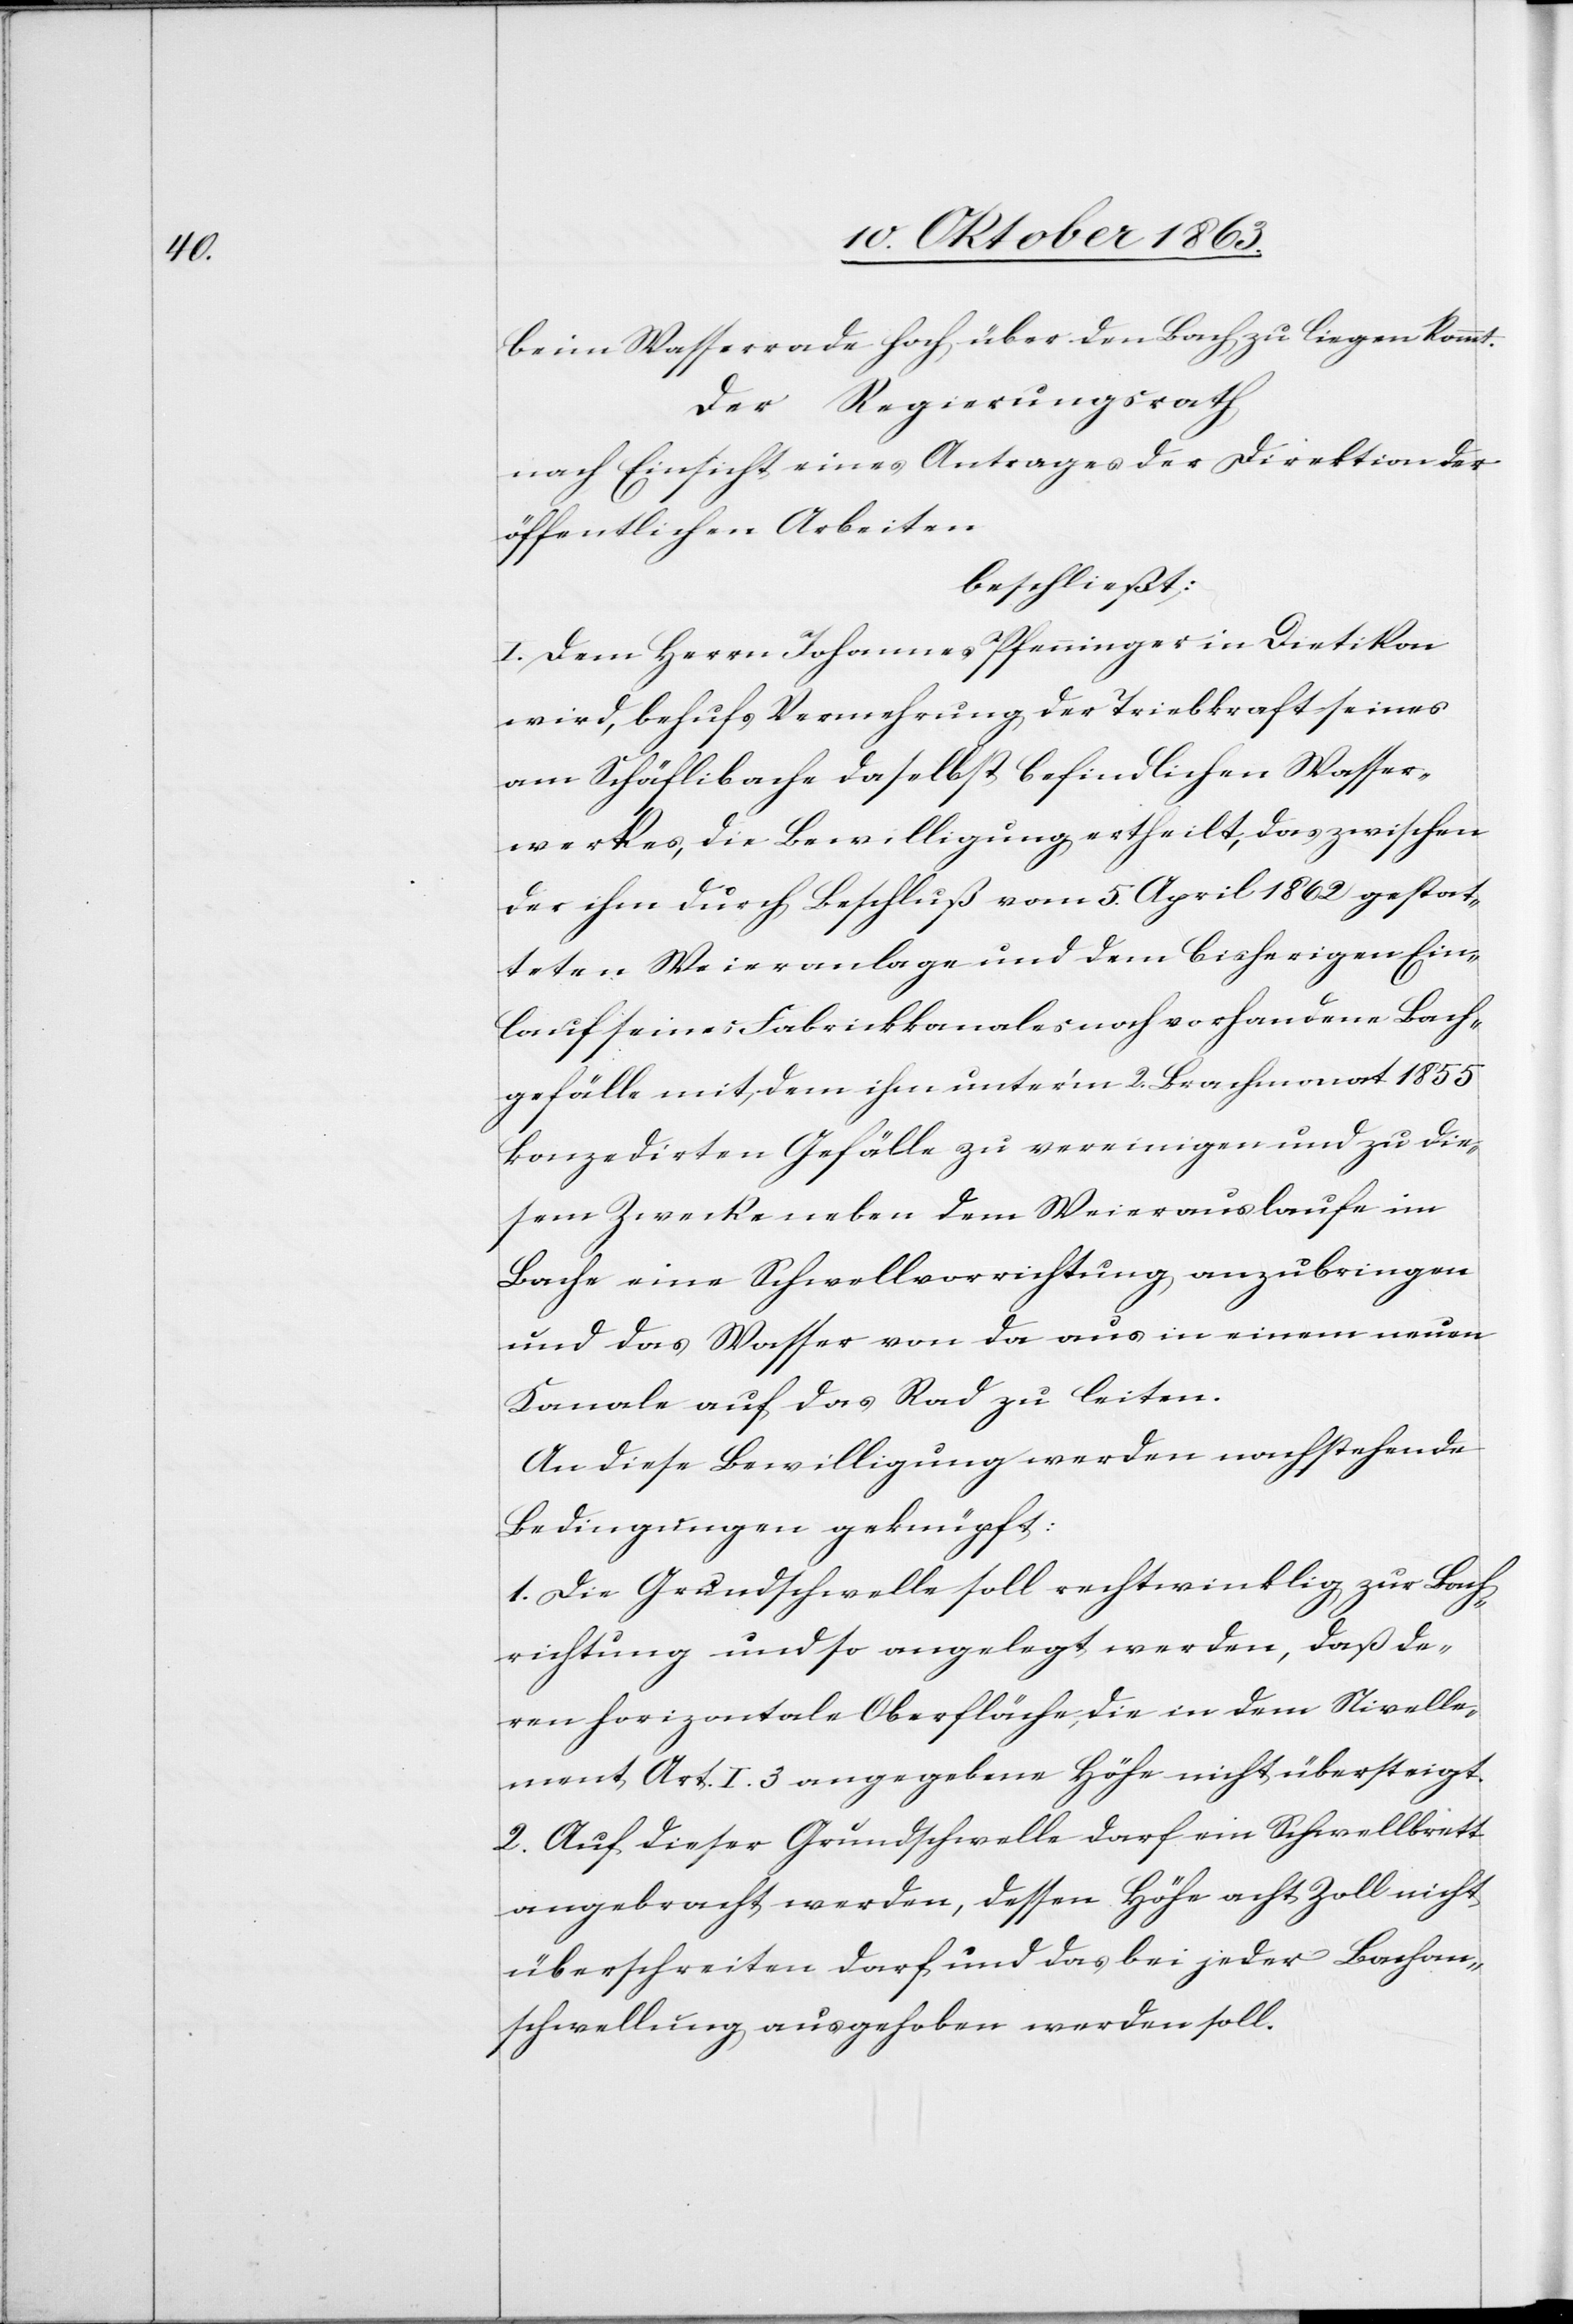
beim Wasserrade hoch über den Bach zu liegen kommt.
Der Regierungsrath
nach Einsicht eines Antrages der Direktion der
öffentlichen Arbeiten
beschließt:
I. Dem Herrn Johannes Pfenninger in Dietikon
wird, behufs Vermehrung der Triebkraft seines
am Schäflibache daselbst befindlichen Wasser¬
werkes, die Bewilligung ertheilt, das zwischen
der ihm durch Beschluß vom 5. April 1862 gestat¬
teten Weieranlage und dem bisherigen Ein¬
lauf seines Fabrikkanales noch vorhandene Bach¬
gefälle mit dem ihm unter'm 2. Brachmonat 1855
konzedirten Gefälle zu vereinigen und zu die¬
sem Zwecke neben dem Weierauslaufe im
Bache eine Schwellvorrichtung anzubringen
und das Wasser von da aus in einem neuen
Kanale auf das Rad zu leiten.
An diese Bewilligung werden nachstehende
Bedingungen geknüpft:
1. Die Grundschwelle soll rechtwinklig zur Bach¬
richtung und so angelegt werden, daß de¬
ren horizontale Oberfläche, die in dem Nivelle¬
ment Art. I. 3 angegebene Höhe nicht übersteigt.
2. Auf dieser Grundschwelle darf ein Schwellbrett
angebracht werden, dessen Höhe acht Zoll nicht
überschreiten darf und das bei jeder Bachan¬
schwellung ausgehoben werden soll.